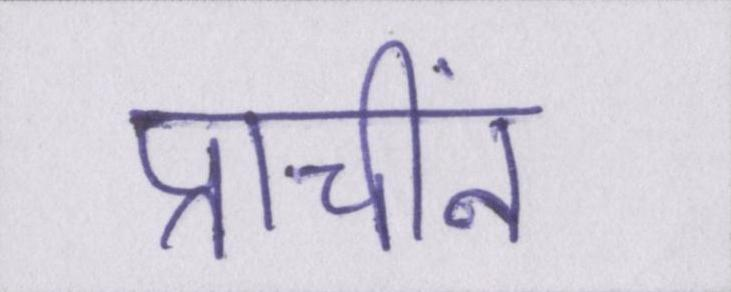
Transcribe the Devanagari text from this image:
प्राचीनं